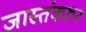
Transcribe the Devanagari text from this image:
जास्तंकरून